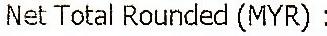
NET TOTAL ROUNDED (MYR) :